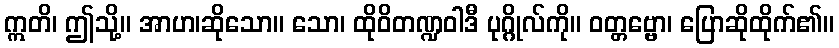
ဣတိ၊ ဤသို့။ အာဟ၊ဆိုသော။ သော၊ ထိုဝိတဏ္ဍဝါဒီ ပုဂ္ဂိုလ်ကို။ ဝတ္တဗ္ဗော၊ ပြောဆိုထိုက်၏။